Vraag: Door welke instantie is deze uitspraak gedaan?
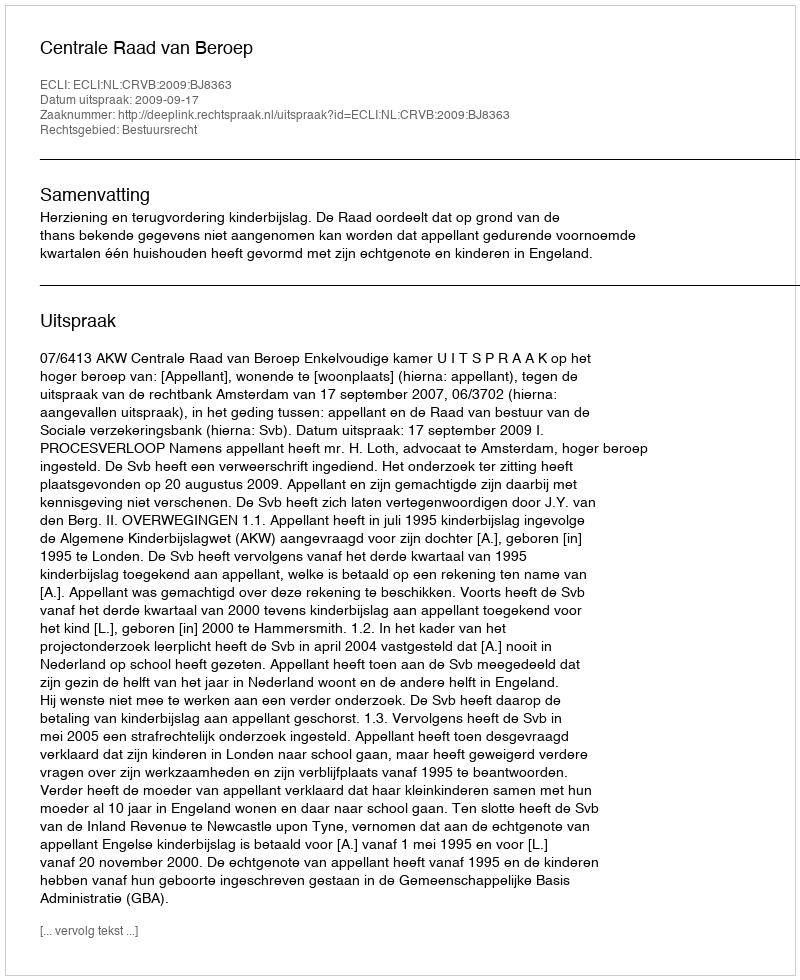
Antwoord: Centrale Raad van Beroep